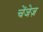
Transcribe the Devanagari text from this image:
चेंजेज़